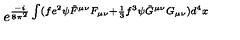
e ^ { { \frac { - i } { 8 \pi ^ { 2 } } } \int ( f e ^ { 2 } \psi \tilde { F } ^ { \mu \nu } F _ { \mu \nu } + { \frac { 1 } { 3 } } f ^ { 3 } \psi \tilde { G } ^ { \mu \nu } G _ { \mu \nu } ) d ^ { 4 } x }